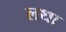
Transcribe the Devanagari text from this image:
लथा